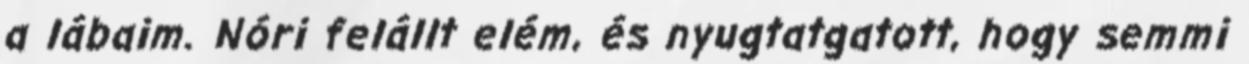
a lábaim. Nóri felállt elém, és nyugtatgatott, hogy semmi